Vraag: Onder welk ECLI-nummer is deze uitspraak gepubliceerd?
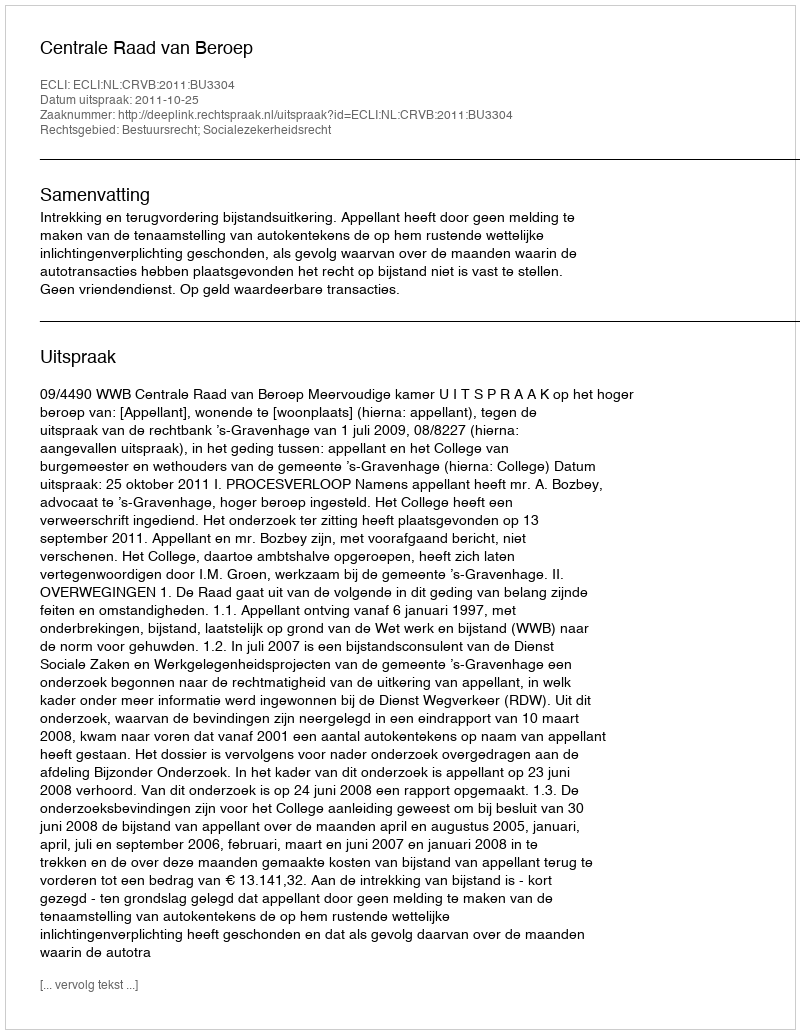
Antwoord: ECLI:NL:CRVB:2011:BU3304